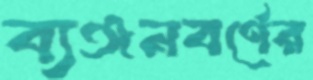
ব্যঞ্জনবর্ণের